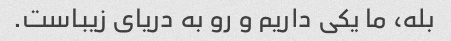
بله، ما یکی داریم و رو به دریای زیباست.